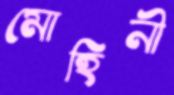
মোহিনী